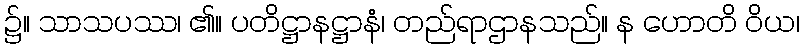
၌။ သာသပဿ၊ ၏။ ပတိဋ္ဌာနဋ္ဌာနံ၊ တည်ရာဌာနသည်။ န ဟောတိ ဝိယ၊